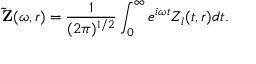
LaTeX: { \bf \tilde { Z } } ( \omega , r ) = \frac { 1 } { ( 2 \pi ) ^ { 1 / 2 } } \int _ { 0 } ^ { \infty } e ^ { i \omega t } Z _ { l } ( t , r ) d t .